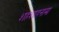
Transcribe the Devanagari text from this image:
शहंशाहनामा